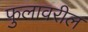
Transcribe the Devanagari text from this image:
फुलावरील